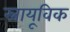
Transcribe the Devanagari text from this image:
स्नायूविक